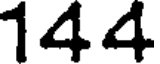
144